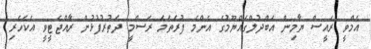
އެމްވީ ރައީސް ޔާމިން އަބްދުލްގައްޔޫމުގެ އެންމެ ފުރަތަމަ ރަސްމީ ދަތުރުފުޅުން ރާއްޖެޓީވީ އެކަހެރި